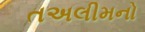
તઅલીમનો